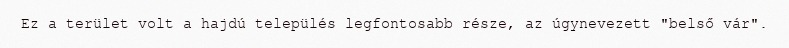
Ez a terület volt a hajdú település legfontosabb része, az úgynevezett "belső vár".